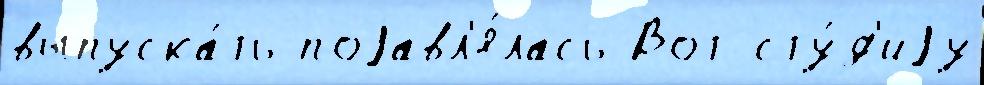
выпуска́ть поjавл'я́лась Вот сту́д'иjу